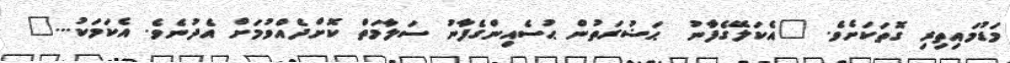
މަޑުމައިތިރި ގޮތަކަށެވެ. "އެކަލޭގެފާނު  ޙަޟުރަތުން ޙުސެއިންގެފާނު ސަލާމަތް ކޮށްދެއްވުމަށް އެދުނެވެ. އެކަމަކު..."